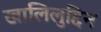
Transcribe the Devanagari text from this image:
खालिलुद्दिन